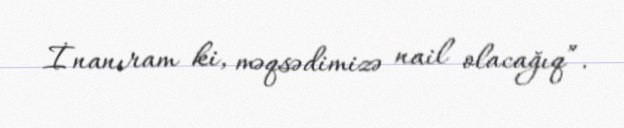
İnanıram ki, məqsədimizə nail olacağıq”.